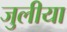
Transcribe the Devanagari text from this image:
जुलीया